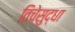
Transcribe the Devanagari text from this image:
तिचेसुद्धा